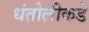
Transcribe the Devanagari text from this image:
धंतोलीकडे